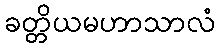
ခတ္တိယမဟာသာလံ